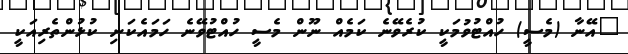
"އޭނާ (މެސީ) ހުއްޓުވުމަކީ ކުރެވޭނެ ކަމެއް ނޫން މެސީ ހުއްޓުވޭނެ ހަމައެކަނި ކުޅުންތެރިއަކީ